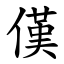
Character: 傼